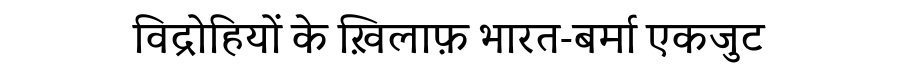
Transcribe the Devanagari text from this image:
विद्रोहियों के ख़िलाफ़ भारत-बर्मा एकजुट